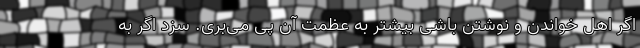
اگر اهل خواندن و نوشتن باشی بیشتر به عظمت آن پی می‌بری. سزد اگر به